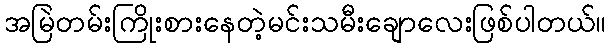
အမြဲတမ်းကြိုးစားနေတဲ့မင်းသမီးချောလေးဖြစ်ပါတယ်။